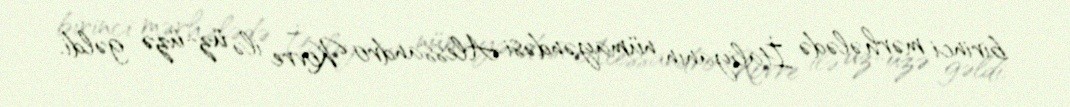
birinci mərhələdə İtaliyanın nümayəndəsi Alessandro Kovre ilə üz-üzə gəldi.